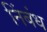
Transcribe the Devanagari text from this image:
निंबंध